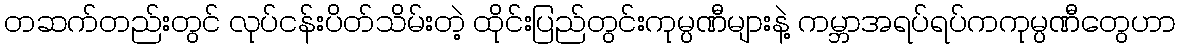
တဆက်တည်းတွင် လုပ်ငန်းပိတ်သိမ်းတဲ့ ထိုင်းပြည်တွင်းကုမ္ပဏီများနဲ့ ကမ္ဘာအရပ်ရပ်ကကုမ္ပဏီတွေဟာ